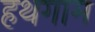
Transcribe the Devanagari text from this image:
हथगाम